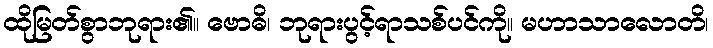
ထိုမြတ်စွာဘုရား၏။ ဗောဓိ၊ ဘုရားပွင့်ရာသစ်ပင်ကို။ မဟာသာလောတိ၊